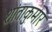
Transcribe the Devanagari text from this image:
शांताकुमार